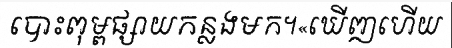
បោះពុម្ពផ្សាយកន្លងមក។«ឃើញហើយ